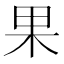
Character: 果